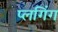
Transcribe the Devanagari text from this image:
प्लगिंग